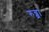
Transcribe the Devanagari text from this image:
रुब्ब्रा